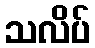
သလိပ်